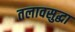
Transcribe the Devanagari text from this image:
तलावसुद्धा